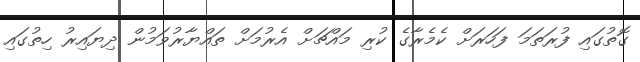
ގޮތުގައި ފުރަތަމަ ފަހަރަށް ކެމެރާގެ ކުރި މައްޗަށް އެރުމަށް ތައްޔާރުވަމުން ދިޔައިރު ހިތުގައި